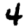
Digit: 4